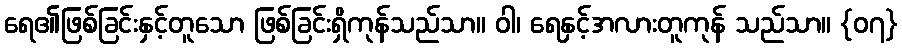
ရေ၏ဖြစ်ခြင်းနှင့်တူသော ဖြစ်ခြင်းရှိကုန်သည်သာ။ ဝါ၊ ရေနှင့်အလားတူကုန် သည်သာ။ {၀၇}